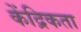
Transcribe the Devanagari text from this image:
केंद्रिकता